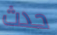
حدث